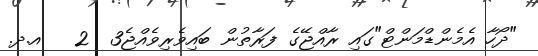
"ދޯހާ އެމެންޑްމަންޓް"ގައި ރާއްޖޭގެ ފަރާތުން ބައިވެރިވެއްޖެ3  2   އ.ދ.